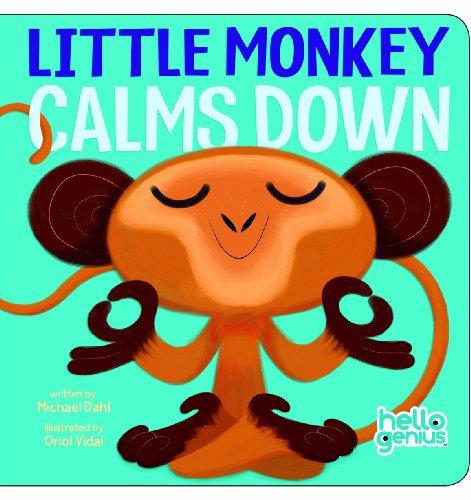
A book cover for Little Monkey Calms Down (Hello Genius); Michael Dahl; Children's Books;